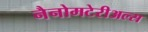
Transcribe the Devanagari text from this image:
नैनोमटेरीअल्स